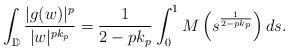
LaTeX: \begin{align*}\int_{\mathbb{D}}\frac{|g(w)|^p}{|w|^{pk_p}}=\frac{1}{2-pk_p}\int^1_0M\left(s^{\frac{1}{2-pk_p}}\right)ds.\end{align*}